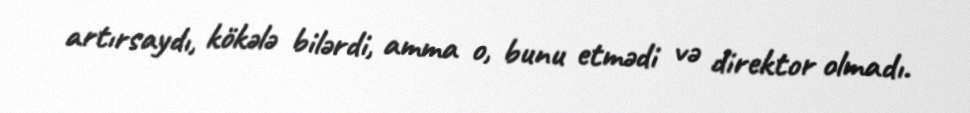
artırsaydı, kökələ bilərdi, amma o, bunu etmədi və direktor olmadı.